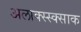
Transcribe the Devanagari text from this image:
अलाक्स्स्क्साक